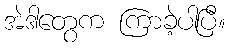
အဲဒါတွေက ကြာခဲ့ပါပြီ။